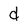
Character: d